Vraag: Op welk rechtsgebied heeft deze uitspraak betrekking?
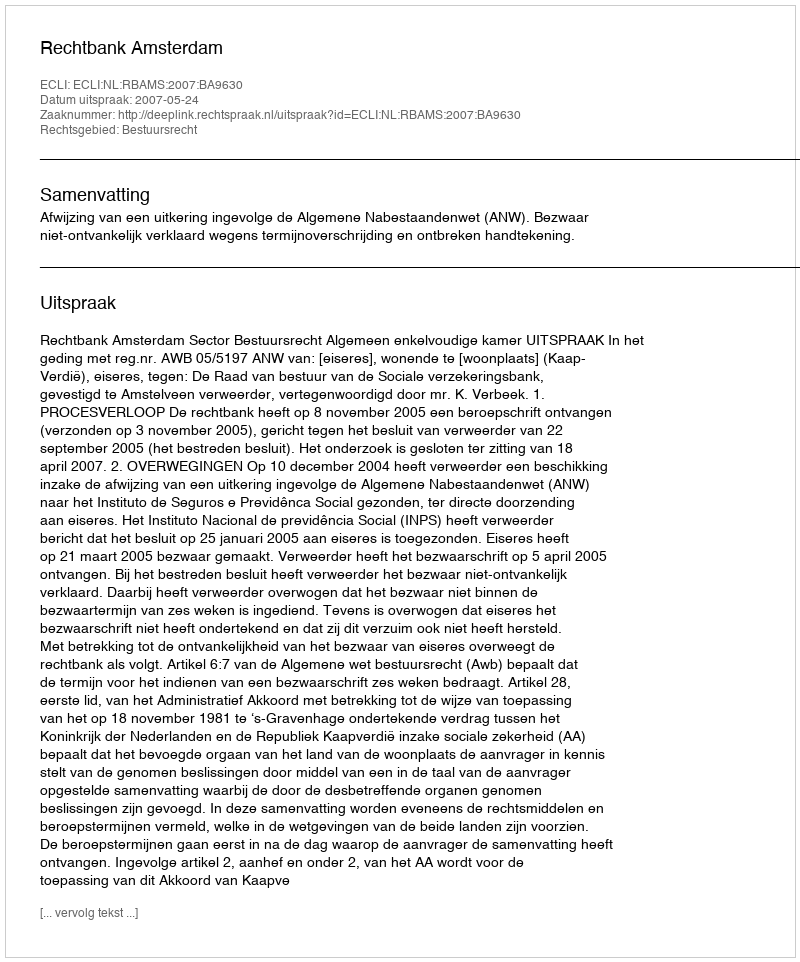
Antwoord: Bestuursrecht